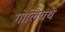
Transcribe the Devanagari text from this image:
गोलियथ